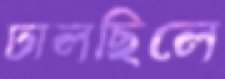
ঢালছিলে